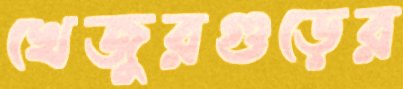
খেজুরগুড়ের